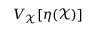
V _ { \mathcal { X } } [ \eta ( \mathcal { X } ) ]